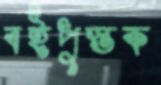
বইপুস্তক